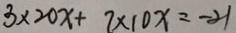
3 \times 2 0 x + 7 \times 1 0 x = - 2 1